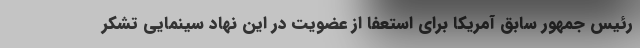
رئیس جمهور سابق آمریکا برای استعفا از عضویت در این نهاد سینمایی تشکر